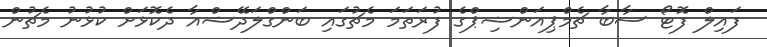
ފައިލް ފޮޓޯ ސާބާ ޗެމްޕިއަންޝިޕްގެ ފުރަތަމަ މެޗުގައި ބަންގްލަދޭޝްއާ ދެކޮޅަށް ކުޅުނު މެޗުން